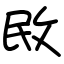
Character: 敃